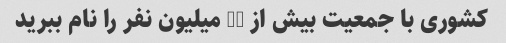
کشوری با جمعیت بیش از 50 میلیون نفر را نام ببرید